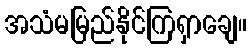
အသံမမြည်နိုင်ကြရှာချေ။